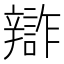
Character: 𨐷